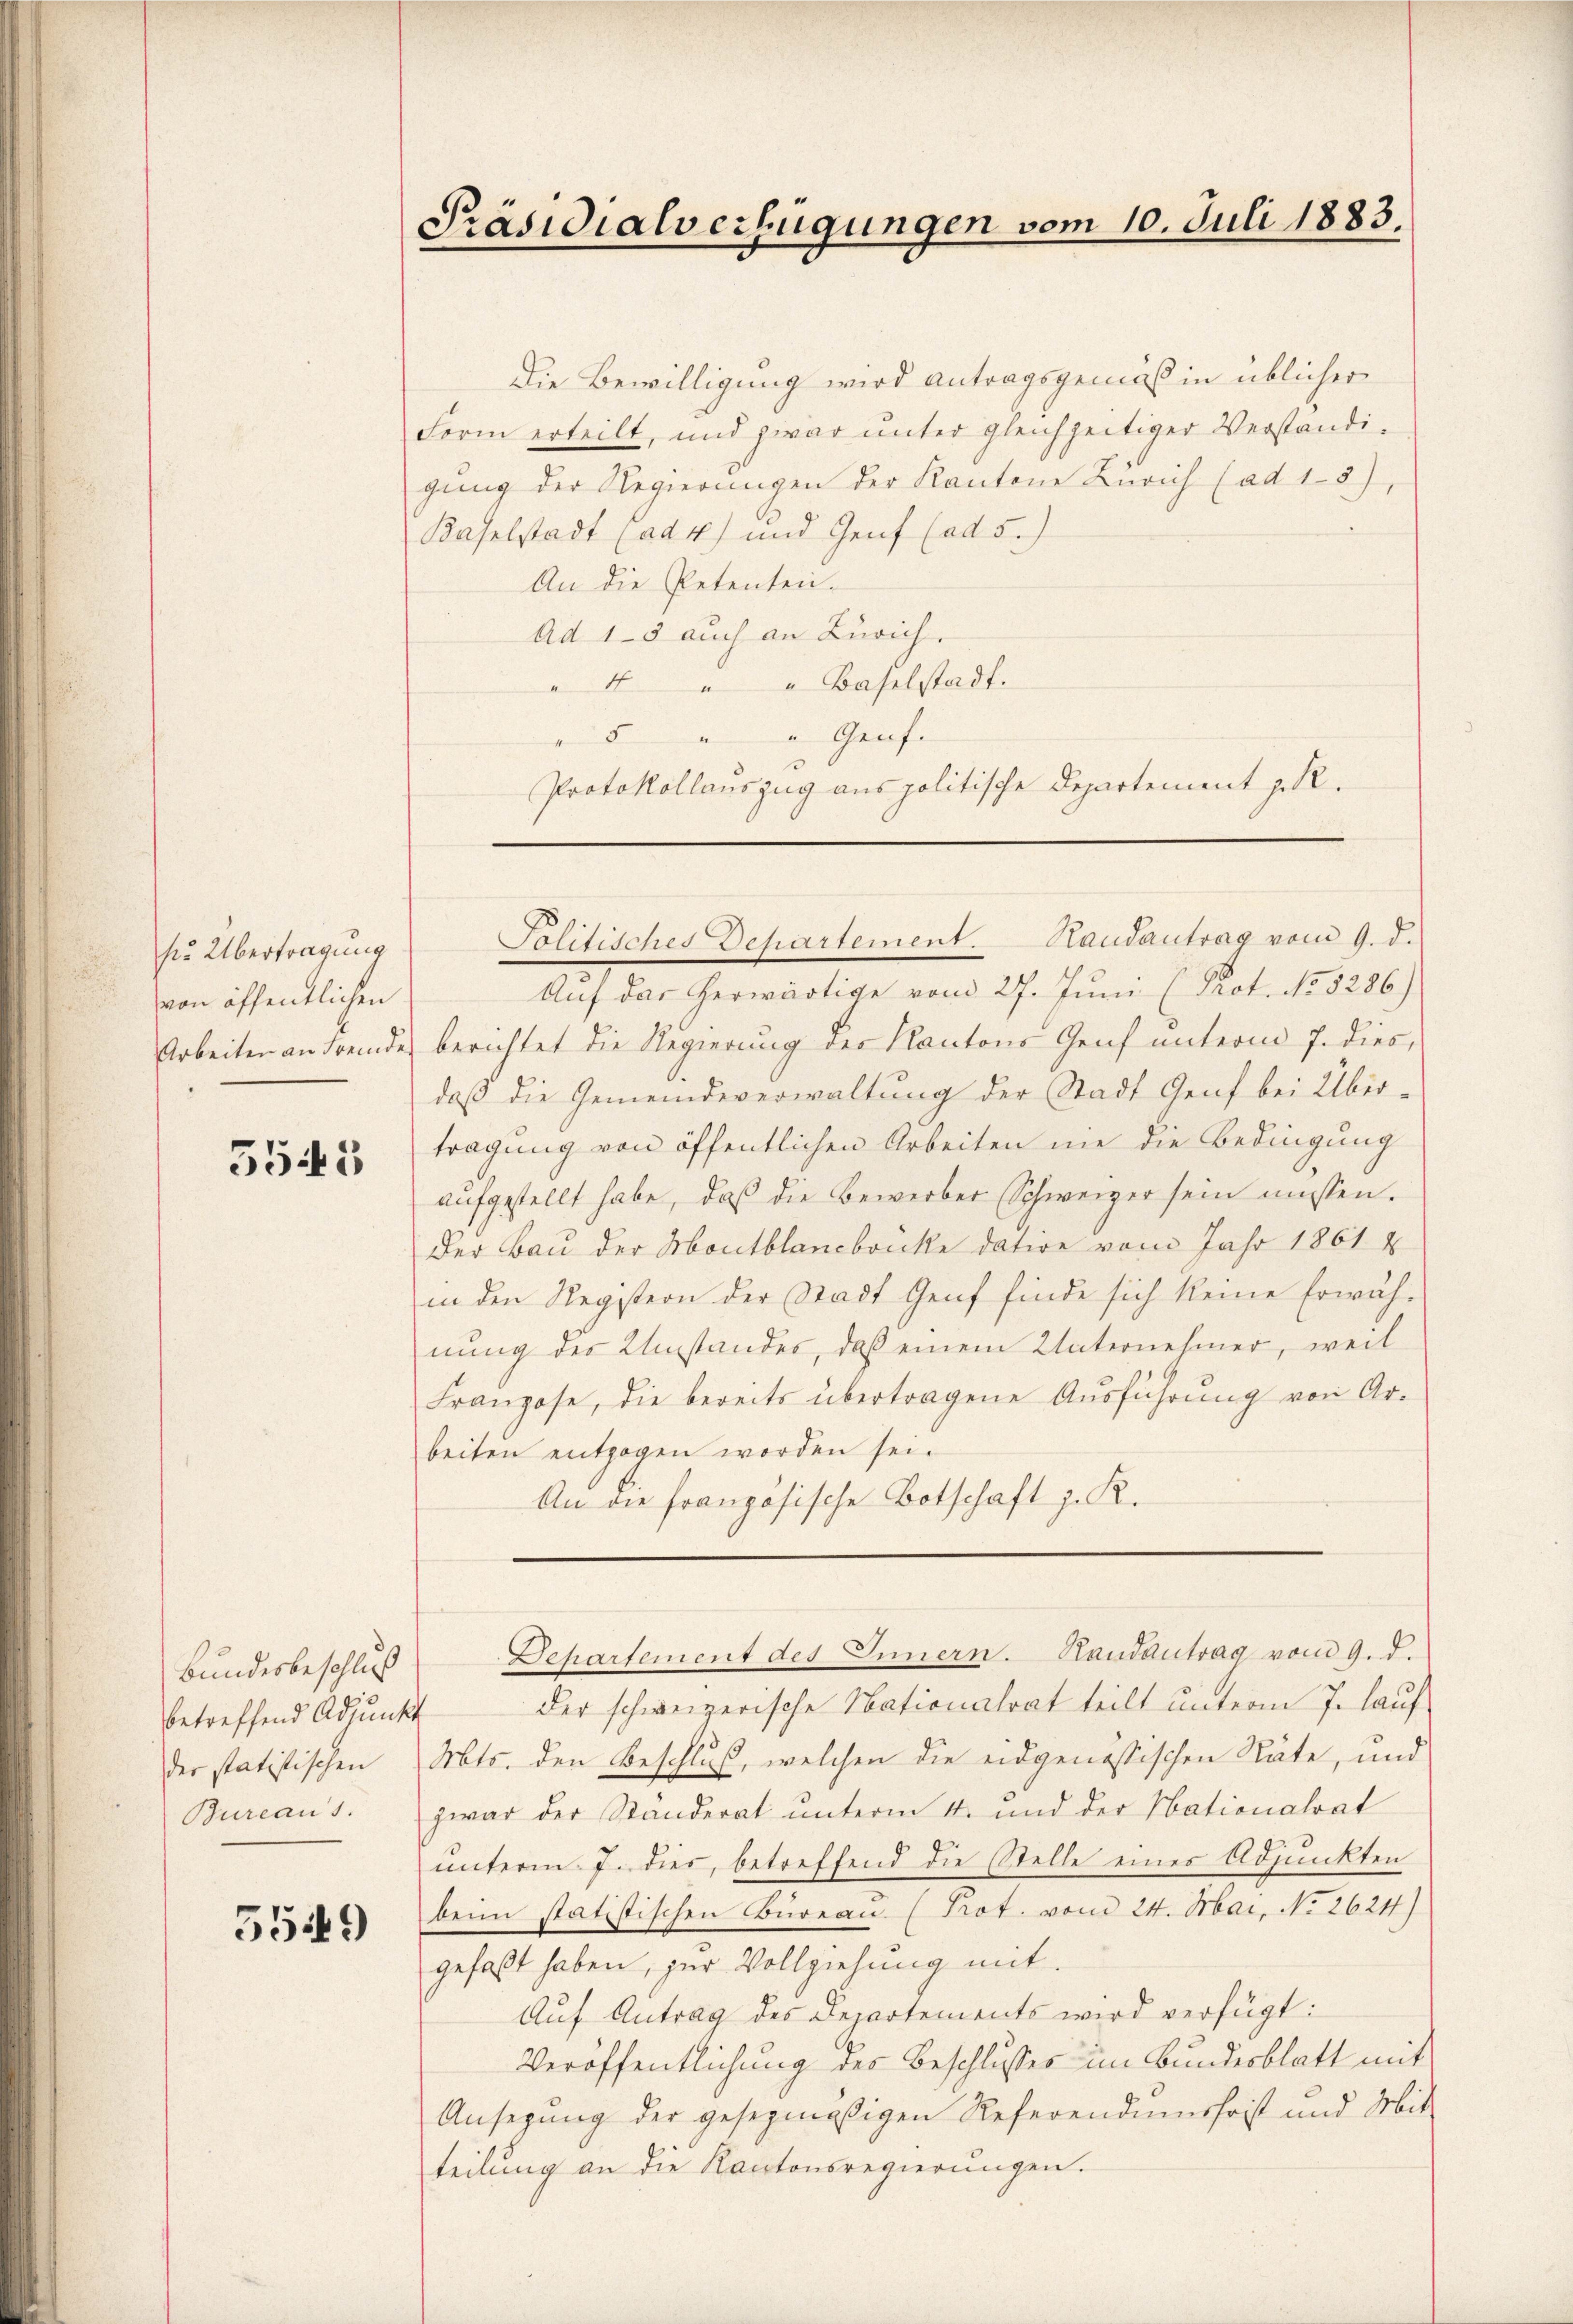
s. Übertragung
von öffentlichen

3543

Bundesbeschluß
der statistischen
Bureaus.

5549

Präsidialverfügungen vom 10. Juli 1883.

Die Bewilligung wird antragsgemäß in üblicher
Form erteilt, und zwar unter gleichzeitiger Verständigung der Regierungen der Kantone Zürich (ad 15),
Baselstadt (ad 4) und Genf (ad 5.)
An die Petenten.
Ad 1-3 auch an Zürich.
"4 " " Baselstadt.
5 " " Grafe
Protokollauszug aus politische Departement z. R.

Auf das herwärtige vom 27. Juni (Prot. No. 5286)
Arbeiten an Fremde berichtet die Regierung der Kantons Genf unterm 7. dies,
daß die Gemeindeverwaltung der Stadt Genf bei Über-
tragung von öffentlichen Arbeiten nie die Bedingung
aufgestellt habe, daß die Bewerber Schweizer sein müssen.
Der Bau der Montblancbrücke datire vom Jahr 1861
in den Registern der Stadt Genf finde sich keine Erwäh-
nung des Umstandes, daß einem Unternehmer, weil
Franzose, die bereits übertragene Aŭsführŭng von Ar-
beiten entzogen worden sei.
An die französische Botschaft z. K.

Politisches Departement. Randantrag vom 9. d.

betreffend Adjunkt der schweizerische Nationalrat teilt unterm 7. lauf.
Mts. den Beschluß, welchen die eidgenössischen Stäte, und
zwar der Ständerat unterm 4. und der Nationalrat
unterm 7. dies, betreffend die Stelle eines Adjunkten
beim statistischen Büreau (Prot. vom 24. Mai, No 2624)
gefaßt haben, zur Vollziehung mit
Aŭf Antrag des Departements wird verfügt:
Veröffentlichung des Beschlusses im Bundesblatt mit
Ansehung der gesezmäßigen Referendumschrist und Mit-
teilung an die Kantonsregierŭngen.

Departement des Innern. Randantrag vom 9. d.